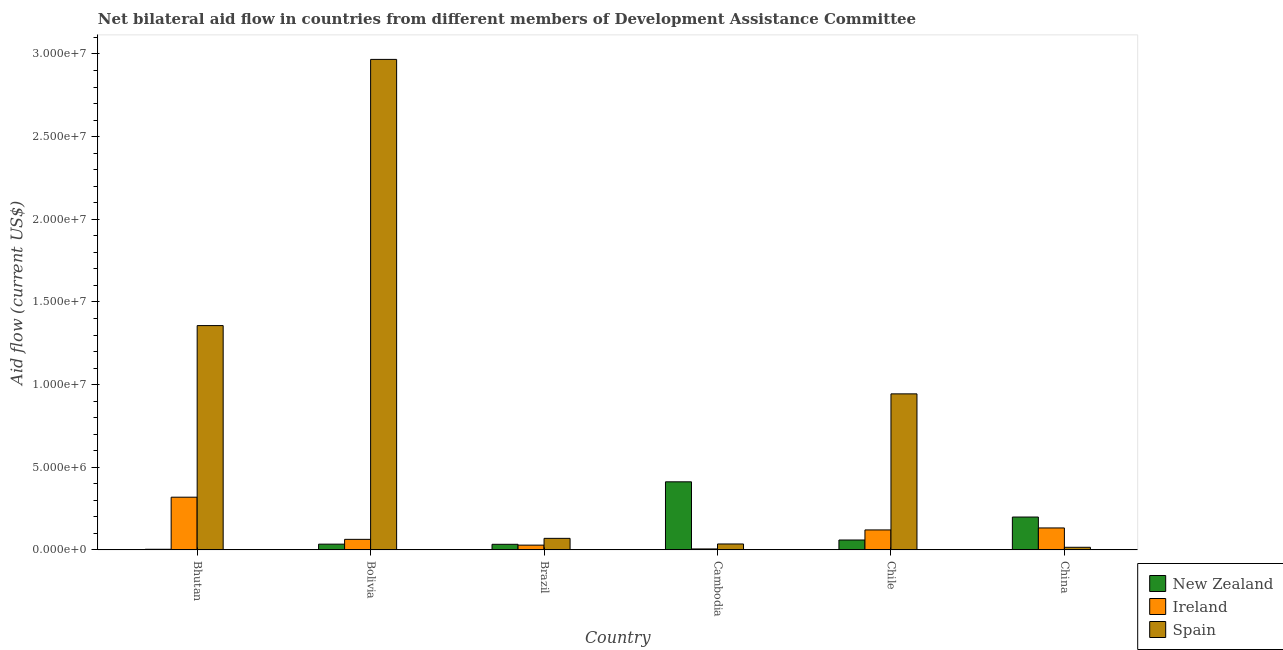
| Country | New Zealand | Ireland | Spain |
 | --- | --- | --- | --- |
 | Bhutan | 4e+04 | 3.19e+06 | 1.36e+07 |
 | Bolivia | 3.5e+05 | 6.4e+05 | 2.97e+07 |
 | Brazil | 3.4e+05 | 2.9e+05 | 7e+05 |
 | Cambodia | 4.12e+06 | 6e+04 | 3.6e+05 |
 | Chile | 6e+05 | 1.21e+06 | 9.44e+06 |
 | China | 1.99e+06 | 1.33e+06 | 1.6e+05 |